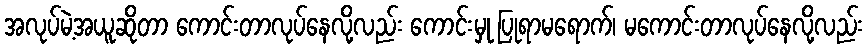
အလုပ်မဲ့အယူဆိုတာ ကောင်းတာလုပ်နေလို့လည်း ကောင်းမှု ပြုရာမရောက်၊ မကောင်းတာလုပ်နေလို့လည်း